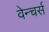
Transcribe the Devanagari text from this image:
वेन्चर्स